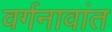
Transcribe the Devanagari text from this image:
वर्गनावांत